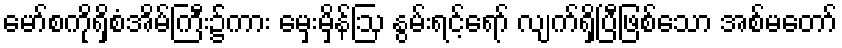
မော်စကိုရှိစံအိမ်ကြီး၌ကား မှေးမှိန်ဩ နွမ်းရင့်ရော် လျက်ရှိပြီဖြစ်သော အစ်မတော်